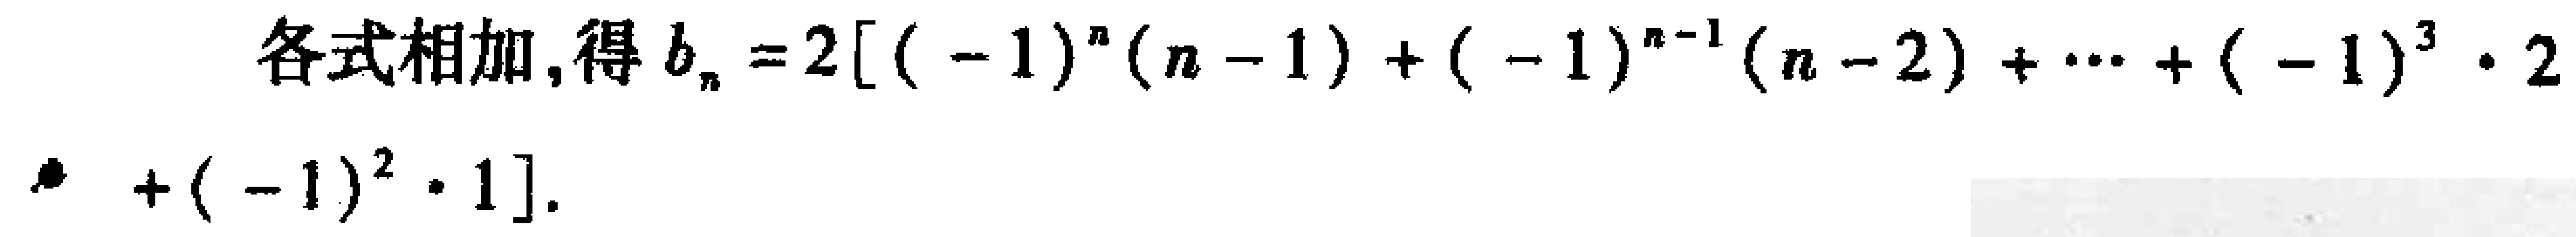
各式相加, 得 \(b_{n}=2[(-1)^{n}(n - 1)+(-1)^{n - 1}(n - 2)+\cdots+(-1)^{3}\cdot2+(-1)^{2}\cdot1]\)